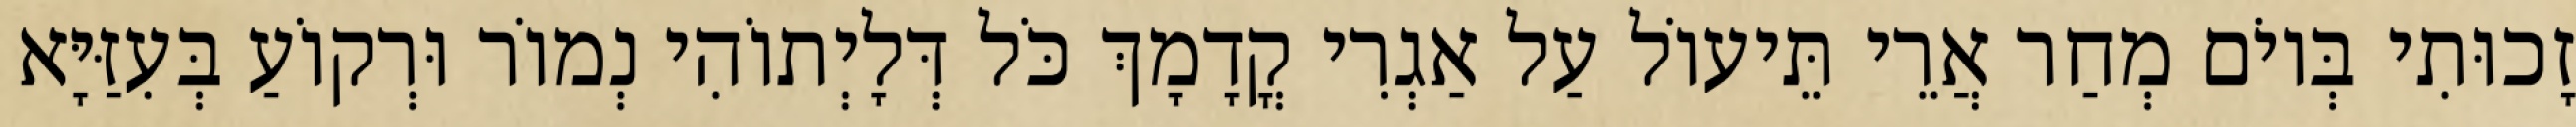
זָכוּתִי בְּיוֹם מְחַר אֲרֵי תֵּיעוֹל עַל אַגְרִי קֳדָמָךְ כֹּל דְּלָיְתוֹהִי נְמוֹר וּרְקוֹעַ בְּעִזַּיָּא